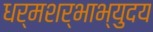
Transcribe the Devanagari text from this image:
धर्मशर्भाभ्युदय